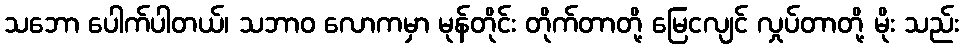
သဘော ပေါက်ပါတယ်၊ သဘာဝ လောကမှာ မုန်တိုင်း တိုက်တာတို့ မြေငလျင် လှုပ်တာတို့ မိုး သည်း